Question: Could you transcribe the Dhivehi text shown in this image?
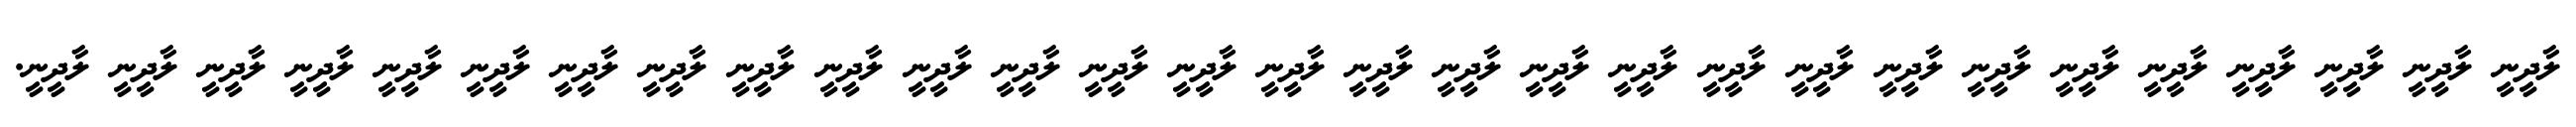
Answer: ލާދީނީ ލާދީނީ ލާދީނީ ލާދީނީ ލާދީނީ ލާދީނީ ލާދީނީ ލާދީނީ ލާދީނީ ލާދީނީ ލާދީނީ ލާދީނީ ލާދީނީ ލާދީނީ ލާދީނީ ލާދީނީ ލާދީނީ ލާދީނީ ލާދީނީ ލާދީނީ ލާދީނީ ލާދީނީ ލާދީނީ ލާދީނީ ލާދީނީ ލާދީނީ ލާދީނީ ލާދީނީ ލާދީނީ.